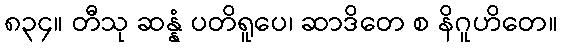
၈၃၄။ တီသု ဆန္နံ ပတိရူပေ၊ ဆာဒိတေ စ နိဂူဟိတေ။